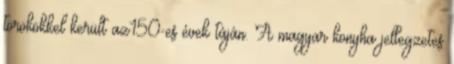
törökökkel került az150-es évek táján. A magyar konyha jellegzetes